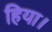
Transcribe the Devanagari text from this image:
हिया।